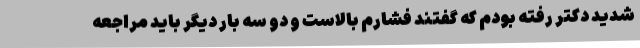
شدید دکتر رفته بودم که گفتند فشارم بالاست و دو سه بار دیگر باید مراجعه